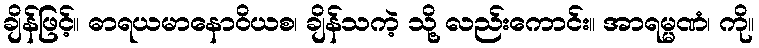
ချိန်ဖြင့်။ ဓာရယမာနောဝိယစ၊ ချိန်သကဲ့ သို့ လည်းကောင်း။ အာရမ္မဏံ၊ ကို။